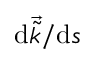
\mathrm { d } \overrightarrow { \tilde { k } } / \mathrm { d } s